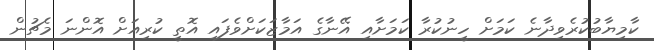
ކާމިޔާބުކުރެވިދާނެ ކަމަށް ހީނުކުރާ ކަމަށާއި އޭނާގެ އަމާޒަކަށްވެފައި އޮތީ ކުރިއަށް އޮންނަ މެޗުން